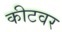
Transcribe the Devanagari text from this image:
कीटवर